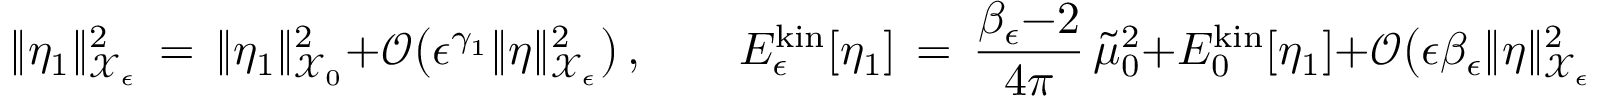
\| \eta _ { 1 } \| _ { \mathcal { X } _ { \epsilon } } ^ { 2 } \, = \, \| \eta _ { 1 } \| _ { \mathcal { X } _ { 0 } } ^ { 2 } + \mathcal { O } \bigl ( \epsilon ^ { \gamma _ { 1 } } \| \eta \| _ { \mathcal { X } _ { \epsilon } } ^ { 2 } \bigr ) \, , \qquad E _ { \epsilon } ^ { \mathrm { k i n } } [ \eta _ { 1 } ] \, = \, \frac { \beta _ { \epsilon } { - } 2 } { 4 \pi } \, \tilde { \mu } _ { 0 } ^ { 2 } + E _ { 0 } ^ { \mathrm { k i n } } [ \eta _ { 1 } ] + \mathcal { O } \bigl ( \epsilon \beta _ { \epsilon } \| \eta \| _ { \mathcal { X } _ { \epsilon } } ^ { 2 } \bigr ) \, .